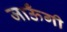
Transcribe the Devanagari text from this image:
जाऊँगी